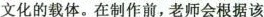
文化的载体。在制作前，老师会根据该